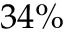
3 4 \%